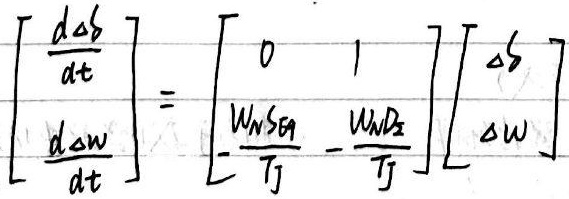
\[
\begin{bmatrix}
\frac{d\Delta \delta}{dt}\\
\frac{d\Delta \omega}{dt}
\end{bmatrix}=
\begin{bmatrix}
0 & 1\\
\frac{W_{NSG}}{T_{J}} & -\frac{W_{HD}}{T_{J}}
\end{bmatrix}
\begin{bmatrix}
\Delta \delta\\
\Delta \omega
\end{bmatrix}
\]